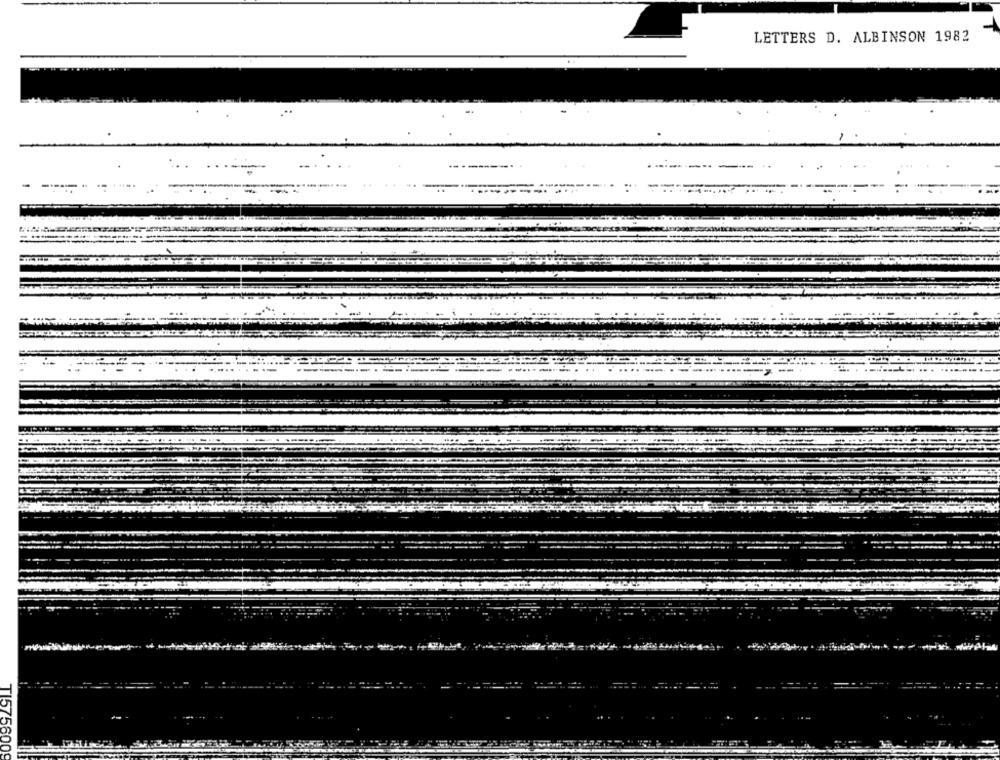
LETTERS D. ALBINSON 1982
TI575600